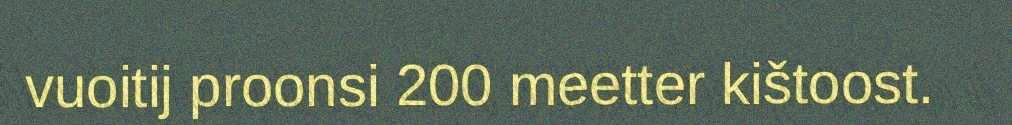
vuoitij proonsi 200 meetter kištoost.